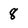
Character: 8